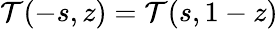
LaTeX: {\cal T}(-s,z)={\cal T}(s,1-z)